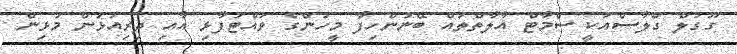
ގޫގުލް ގްލާސްއަކީ ސްމާޓް އާލާތްތައް ބޭނުންހިފާ މީހުންގެ ވައްޓަފާޅި އާއި ދިރިއުޅުން މުޅިން